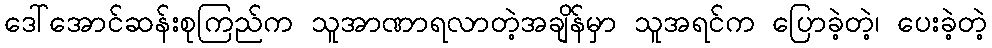
ဒေါ်အောင်ဆန်းစုကြည်က သူအာဏာရလာတဲ့အချိန်မှာ သူအရင်က ပြောခဲ့တဲ့၊ ပေးခဲ့တဲ့